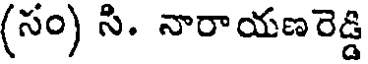
(సం) సి. నారాయణరెడ్డి